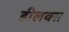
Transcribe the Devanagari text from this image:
डीलक्‍स